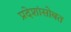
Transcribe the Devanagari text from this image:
प्रदेशांसोबत